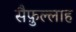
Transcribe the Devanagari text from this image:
सैफ़ुल्लाह